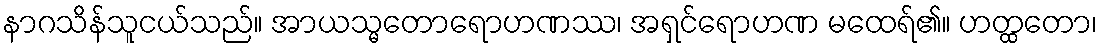
နာဂသိန်သူငယ်သည်။ အာယသ္မတောရောဟဏဿ၊ အရှင်ရောဟဏ မထေရ်၏။ ဟတ္ထတော၊